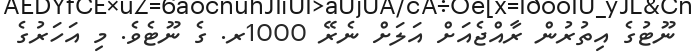
ނޫޓުގެ އިތުރުން ރާއްޖެއަށް އަލަށް ނެރޭ 1000ރ. ގެ ނޫޓެވެ. މި އަހަރުގެ